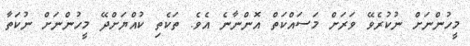
މީހުންނަށް ނުކުރެވޭ ވަރަށް މަސައްކަތް އޮންނާނެ އެވެ. ތަކެތި ކުއްޔަށްދޭ މީހުންނަށް ނުކަތާ